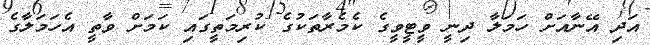
އަދި އޭނާއަށް ހަމަލާ ދިނީ ވީޓީވީގެ ކެމެރާތަކުގެ ކުރިމަތީގައި ކަމަށް ވާތީ އެހަމަލާގެ